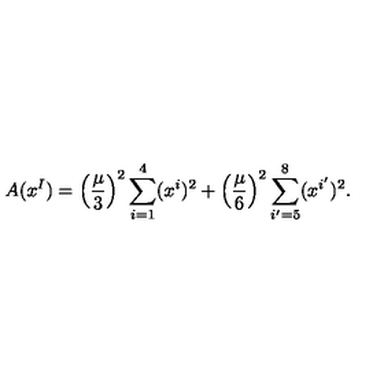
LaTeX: A ( x ^ { I } ) = \left( \frac { \mu } { 3 } \right) ^ { 2 } \sum _ { i = 1 } ^ { 4 } ( x ^ { i } ) ^ { 2 } + \left( \frac { \mu } { 6 } \right) ^ { 2 } \sum _ { i ^ { \prime } = 5 } ^ { 8 } ( x ^ { i ^ { \prime } } ) ^ { 2 } .